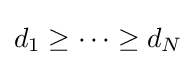
d_{1}\geq \cdots \geq d_{N}